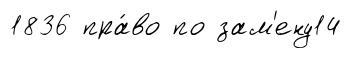
1836 пра́во по зам'ену14